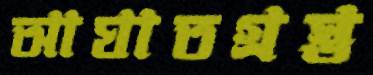
আঘাতগ্রস্ত